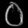
Digit: ၀